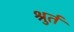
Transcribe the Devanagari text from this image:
श्रुर्त